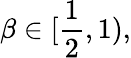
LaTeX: \beta\in[\frac 12,1),